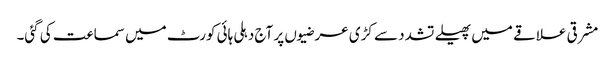
مشرقی علاقے میں پھیلے تشدد سے کڑی عرضیوں پر آج دہلی ہائی کورٹ میں سماعت کی گئی۔